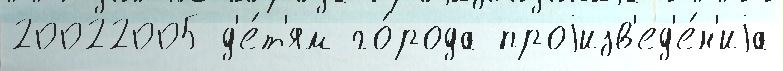
20022005 д'е́т'ям го́рода проjизв'ед'е́н'иjа